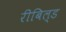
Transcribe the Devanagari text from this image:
रीबिल्ड